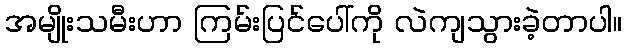
အမျိုးသမီးဟာ ကြမ်းပြင်ပေါ်ကို လဲကျသွားခဲ့တာပါ။